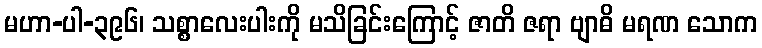
မဟာ-ပါ-၃၉၆၊ သစ္စာလေးပါးကို မသိခြင်းကြောင့် ဇာတိ ဇရာ ဗျာဓိ မရဏ သောက